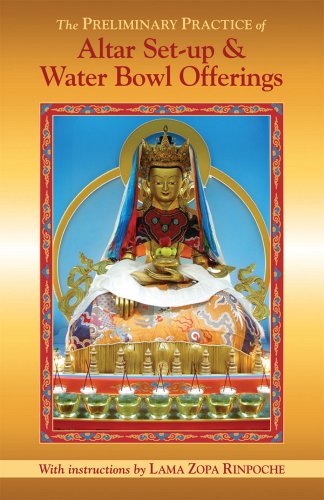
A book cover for The Preliminary Practice of Altar Set-up & Water Bowl Offerings; Lama Zopa Rinpoche; Religion & Spirituality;